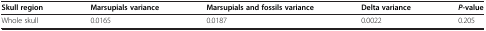
<table><thead><tr><td><b>Skull region</b></td><td><b>Marsupials variance</b></td><td><b>Marsupials and fossils variance</b></td><td><b>Delta variance</b></td><td><b><i>P</i>-value</b></td></tr></thead><tbody><tr><td>Whole skull</td><td>0.0165</td><td>0.0187</td><td>0.0022</td><td>0.205</td></tr></tbody></table>